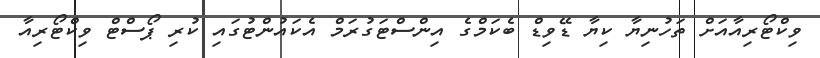
ވިކްޓޯރިއާއަށް ތަހުނިޔާ ކިޔާ ޑޭވިޑް ބެކަމްގެ އިންސްޓަގުރަމް އެކައުންޓުގައި ކުރި ޕޯސްޓް ވިކްޓޯރިއާ